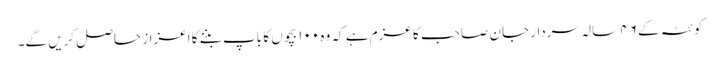
کوئٹہ کے ۴۶ سالہ سردار جان صاحب کا عزم ہے کہ وہ ۱۰۰ بچوں کا باپ بننے کا اعزاز حاصل کریں گے۔